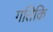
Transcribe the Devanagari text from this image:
गतिकि